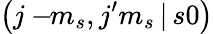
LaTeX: \left(j-\! \! m_{s},j^{\prime}m_{s}\, |\, s0\right)